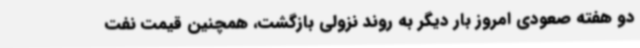
دو هفته صعودی امروز بار دیگر به روند نزولی بازگشت، همچنین قیمت نفت